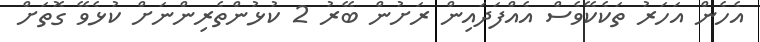
އެހެން އަހަރު ތަކެކޭވެސް އެއްފަދައިން ރަށުން ބޭރު 2 ކުޅުންތެރިންނަށް ކުޅެވޭ ގޮތަށް